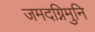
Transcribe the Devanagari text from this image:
जमदग्निमुनि